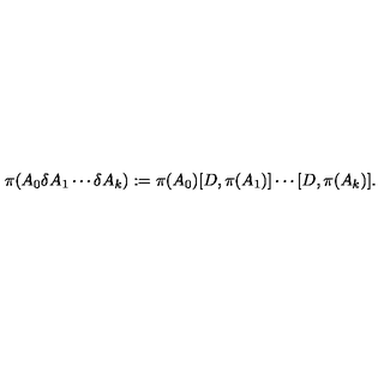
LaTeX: \pi ( A _ { 0 } \delta A _ { 1 } \cdots \delta A _ { k } ) : = \pi ( A _ { 0 } ) [ D , \pi ( A _ { 1 } ) ] \cdots [ D , \pi ( A _ { k } ) ] .